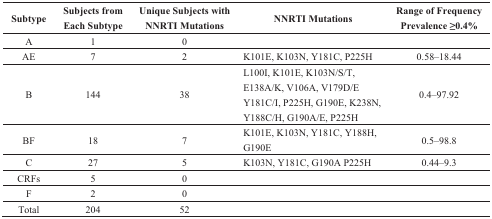
<table><thead><tr><td><b>Subtype</b></td><td><b>Subjects from Each Subtype</b></td><td><b>Unique Subjects with NNRTI Mutations</b></td><td><b>NNRTI Mutations</b></td><td><b>Range of Frequency Prevalence ≥0.4%</b></td></tr></thead><tbody><tr><td>A</td><td>1</td><td>0</td><td></td><td></td></tr><tr><td>AE</td><td>7</td><td>2</td><td>K101E, K103N, Y181C, P225H </td><td>0.58–18.44</td></tr><tr><td>B</td><td>144</td><td>38</td><td>L100I, K101E, K103N/S/T, E138A/K, V106A, V179D/E Y181C/I, P225H, G190E, K238N, Y188C/H, G190A/E, P225H</td><td>0.4–97.92</td></tr><tr><td>BF</td><td>18</td><td>7</td><td>K101E, K103N, Y181C, Y188H, G190E</td><td>0.5–98.8</td></tr><tr><td>C</td><td>27</td><td>5</td><td>K103N, Y181C, G190A P225H</td><td>0.44–9.3</td></tr><tr><td>CRFs</td><td>5</td><td>0</td><td></td><td></td></tr><tr><td>F</td><td>2</td><td>0</td><td></td><td></td></tr><tr><td>Total</td><td>204</td><td>52</td><td></td><td></td></tr></tbody></table>